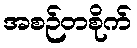
အစဉ်တစိုက်